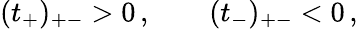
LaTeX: (t_{+})_{+-}>0\, ,\qquad(t_{-})_{+-}<0\, ,